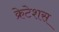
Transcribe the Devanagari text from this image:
क्रेटेशस